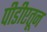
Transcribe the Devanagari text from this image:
पीडीएतून